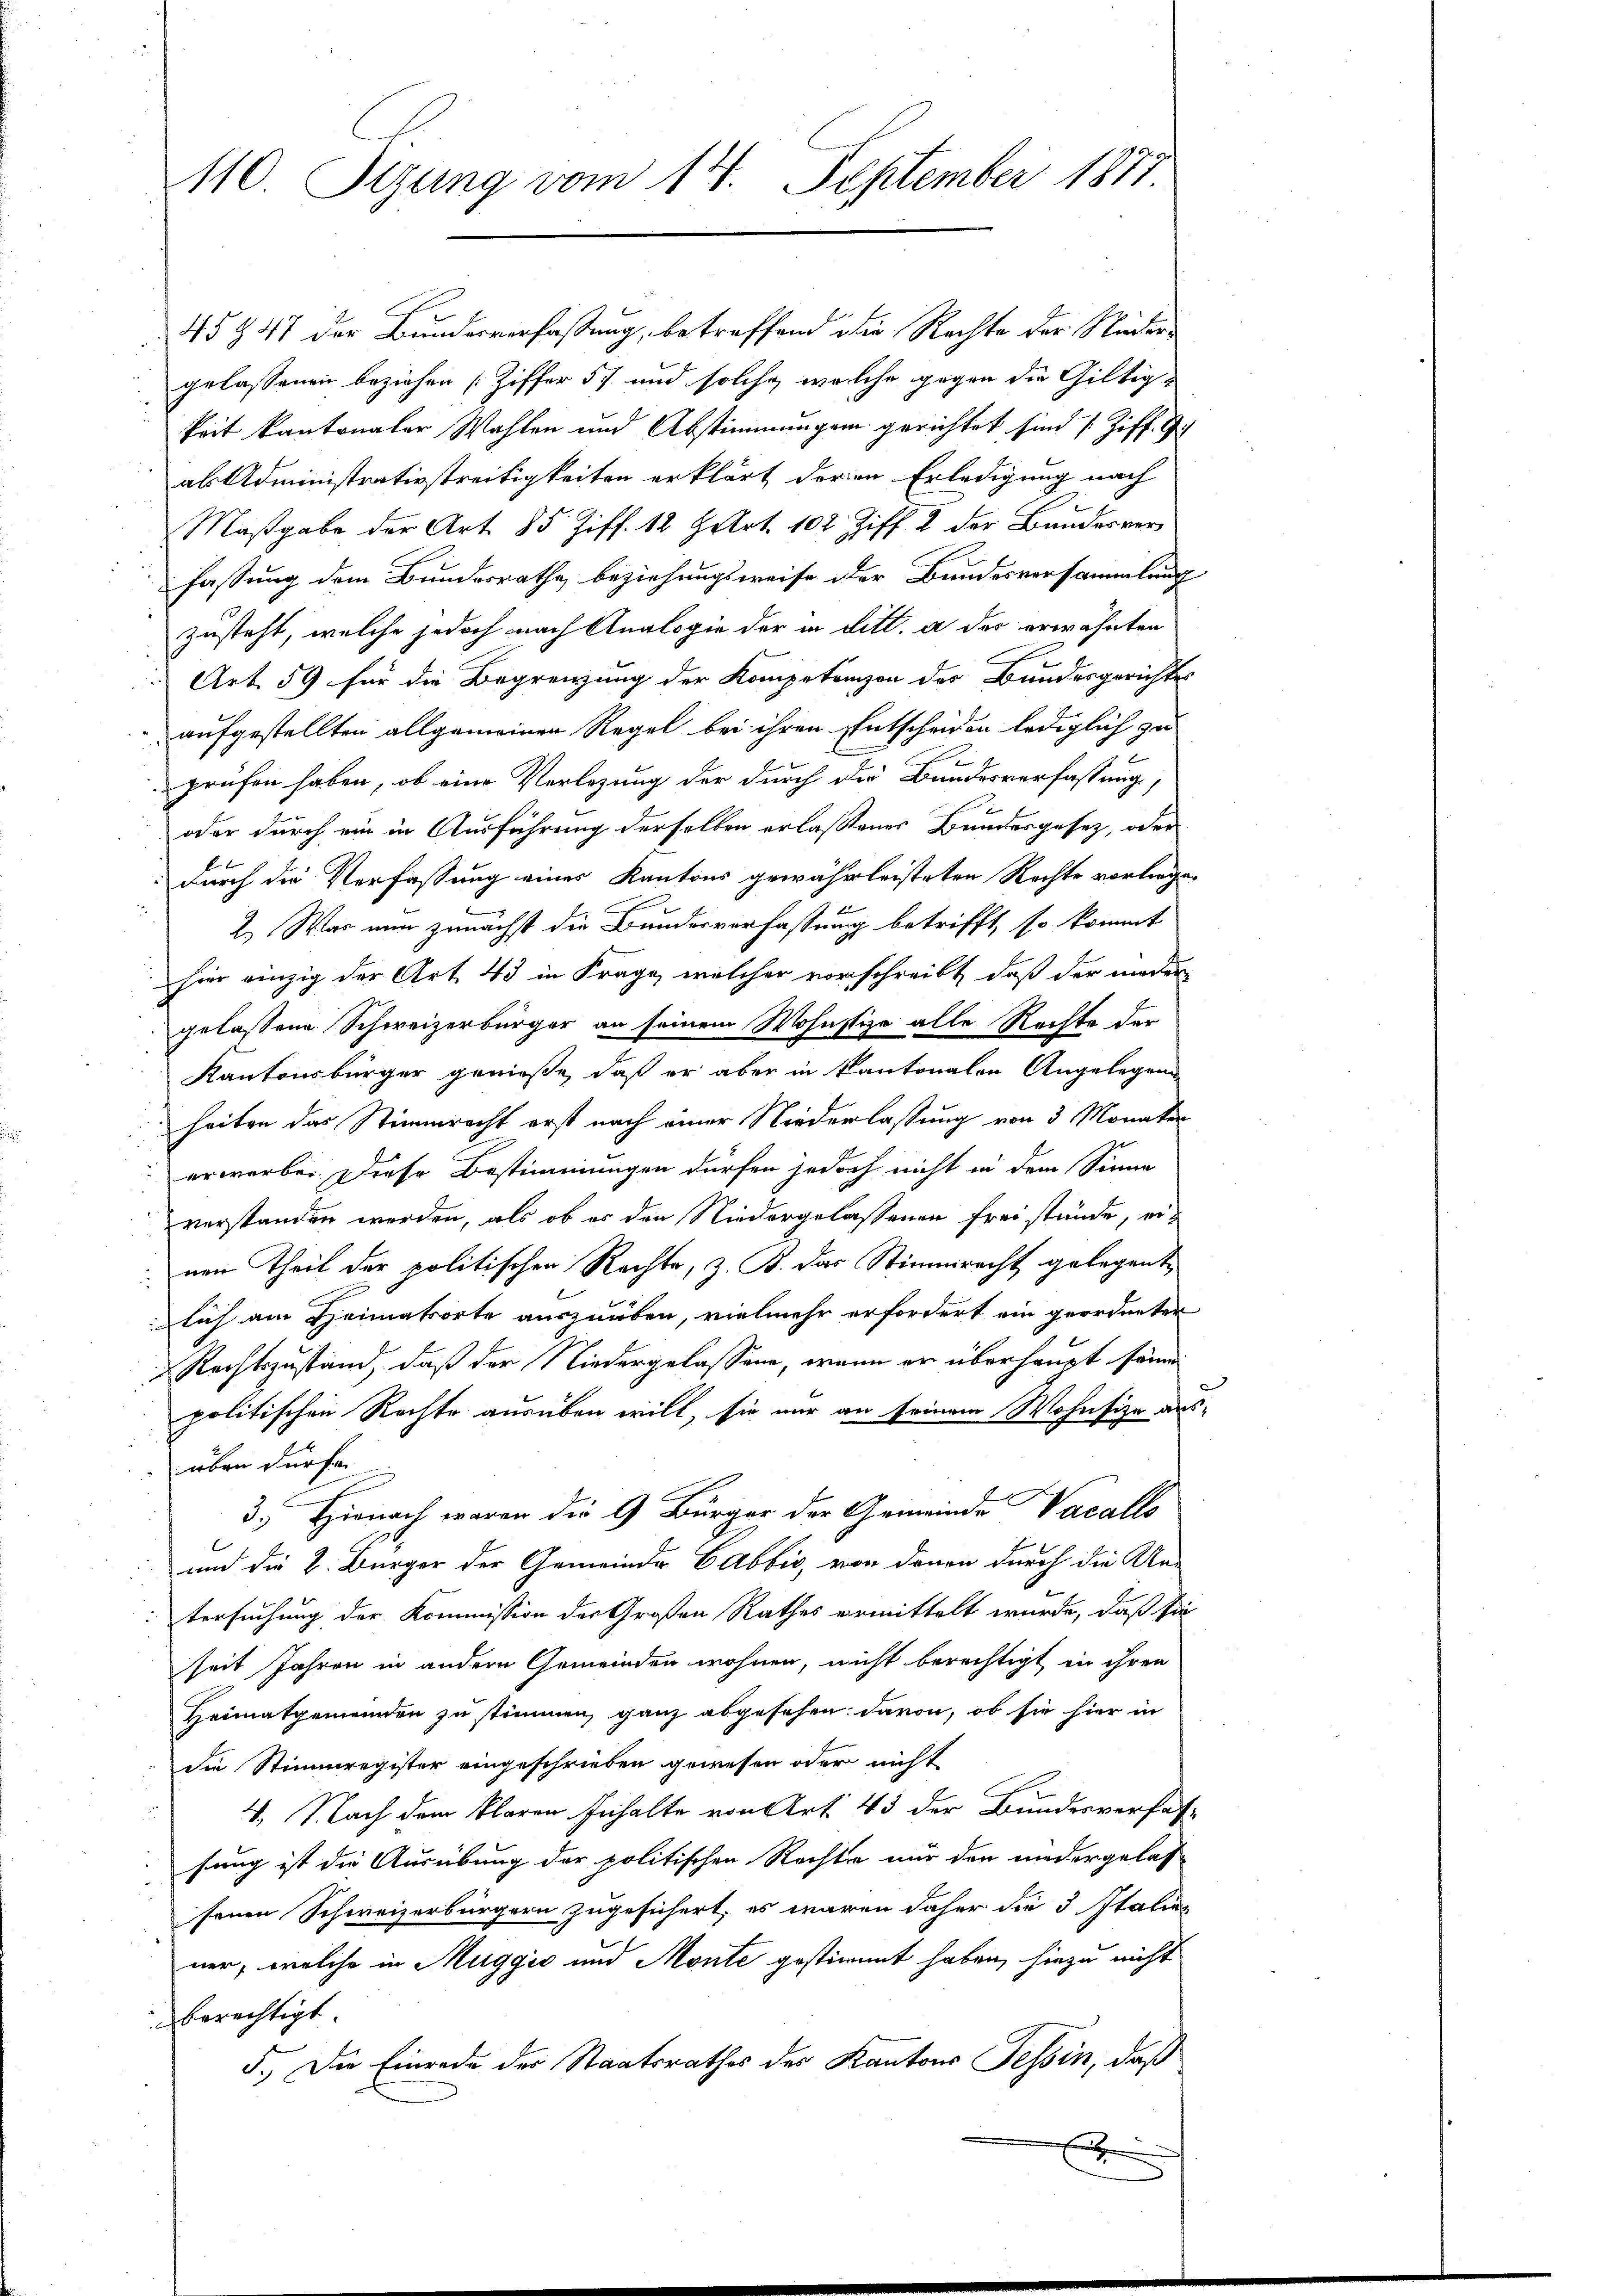
110. Sizung vom 14. September 1871

45 § 47 der Bundesverfassung, betreffend die Rechte der Nudergelassenen beziehen [Ziffer 57 und solche, welche gegen die Giltig-
keit kantonaler Wahlen und Abstimmungen gerichtet sind (Ziff. G
als Administrativstreitigkeiten erklärt der in Erledigung nach
Maßgabe der Art. 85 Ziff. 12 Hart. 102 Ziff. 2 der Bundesverfassung dem Bundesrathe beziehungsweise der Bundesversammlung
zusteht, welche jedoch nach Analogie der in ditt. a der erwähnten
Art. 59 für die Begrenzung der Kompetenzen der Bundesgerichtes
aufgestellten allgemeinen Regel bei ihren Entscheiden lediglich zu
prüfen haben, ob eine Vorlegung der durch die Bundesverfassung,
oder durch ein in Ausführung derselben erlaßenes Bundesgesetz, oder
Durch die Verfassung eines Kantons gewährleisteten Rechte vorliege.
2.) War nun zunächst die Bundesverfassung betrifft, so kommt
hier einzig der Art. 43 in Frage, welcher vorschreibt, daß der nieder
gelassene Schweizerbürger an seinem Wohnstize alle Rechte der
Kantonsbürger genieße, daß er aber in kantonalen Angelegen
heiten das Stimmrecht erst nach einer Niederlassung von 3 Monaten
erwerbe. Diese Bestimmungen dürfen jedoch nicht in dem Sinne
verstanden werden, als ob es den Niedergelassenen freistände, ei-
nen Theil der politischen Rechte, z. B. das Stimmracht gelegent,
lich am Heimatsorte auszuüben, vielmehr erfordert ein geordneter
Rechtszustand, daß der Niedergelassen, wenn er überhaupt sämm
politischen Rechte ausüben will, sie nur an seinem Wohnsize aus-
über dürfe.
3.) Hienach waren die 9 Bürger der Gemeinde Vacalls
und die 2. Bürger der Gemeinde Cabbić, von denen durch die Un-
tersuchung der Kommission der Großen Rathes ermittelt wurde, daß sie
seit Jahren in andern Gemeinden wohnen, nicht berechtigt in ihren
Heimatgemeinden zu stimmen, ganz abgesehen davon, ob sie hier in
die Stimmregister eingeschrieben gewesen oder nicht
4. Nach dem klaren Inhalte von Art. 43 der Bundesverfas-
sung ist die Ausübung der politischen Rechte nur den niedergelas
senen Schweizerbürgern zugesichert, es waren daher die 3 Italien
ner, welche in Muggić und Monte gestimmt haben, hiezu nicht
berechtigt.
5.) Die Einrede der Staatsrathes der Kantons Tessin, daß
x